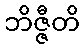
ဘိဇ္ဇီတိ